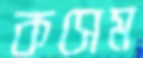
কসেম